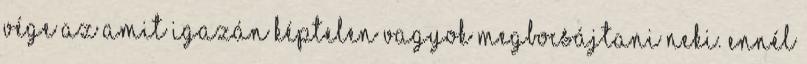
vége az amit igazán képtelen vagyok megbocsájtani neki. Ennél